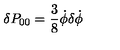
\delta P _ { 0 0 } = \frac { 3 } { 8 } \dot { \phi } \delta \dot { \phi }